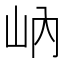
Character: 𱛋